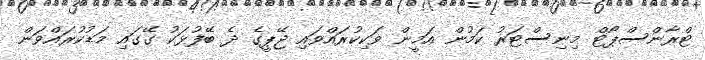
ޓްރާންސްޕޯޓް މިނިސްޓަރު ކަމުން އަމީން ވަކިކުރައްވައި ޖޭޕީގެ ދެ ބޭފުޅަކު ގޭގައި މަޑުކުރައްވަން